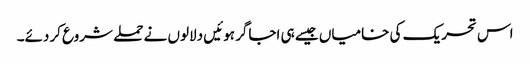
اس تحریک کی خامیاں جیسے ہی اجاگر ہوئیں دلالوں نے حملے شروع کردئے۔